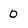
Character: 0